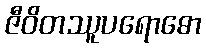
ဇီဝိတဿူပရောဓော